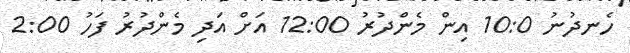
ހެނދުނު 10:0 އިން މެންދުރު 12:00 އަށް އަދި މެންދުރު ފަހު 2:00